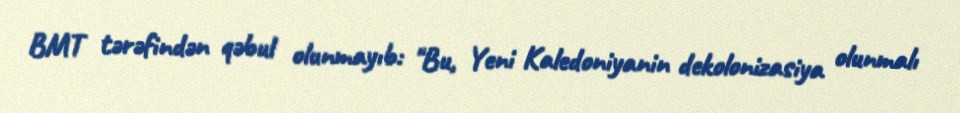
BMT tərəfindən qəbul olunmayıb: "Bu, Yeni Kaledoniyanin dekolonizasiya olunmalı